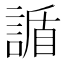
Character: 䛻